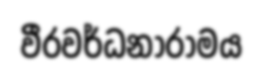
වීරවර්ධනාරාමය